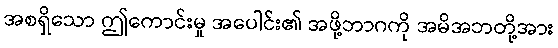
အစရှိသော ဤကောင်းမှု အပေါင်း၏ အဖို့ဘာဂကို အမိအဘတို့အား